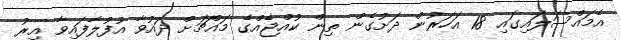
އެމައްސަލައިގައި 18 އަހަރުން ދަށުގެން ތިން ކުއްޖެއްގެ މައްޗަށް ދައުވާ އުފުލާފައިވާ އިރު